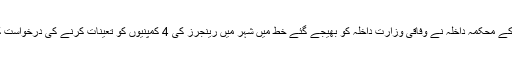
پنجاب کے محکمہ داخلہ نے وفاقی وزارت داخلہ کو بھیجے گئے خط میں شہر میں رینجرز کی 4 کمپنیوں کو تعینات کرنے کی درخواست کی ہے۔